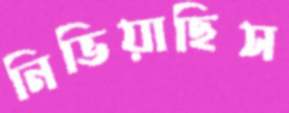
নিভিয়াছিস